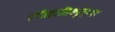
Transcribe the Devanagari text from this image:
ऐतिहासिकदृष्टय़ा